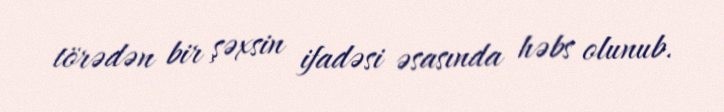
törədən bir şəxsin ifadəsi əsasında həbs olunub.